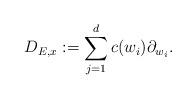
LaTeX: \begin{align*}D_{E,x} := \sum_{j=1}^d c(w_i) \partial_{w_i}.\end{align*}